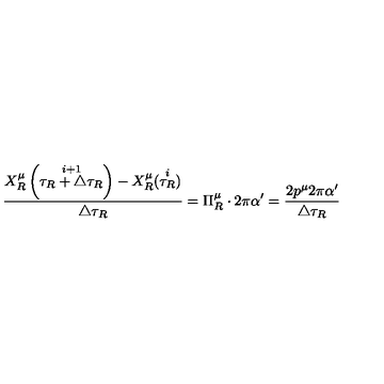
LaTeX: \frac { X _ { R } ^ { \mu } \left( \stackrel { i + 1 } { \tau _ { R } + \triangle \tau _ { R } } \right) - X _ { R } ^ { \mu } ( \stackrel { i } { \tau _ { R } } ) } { \triangle \tau _ { R } } = \Pi _ { R } ^ { \mu } \cdot 2 \pi \alpha ^ { \prime } = \frac { 2 p ^ { \mu } 2 \pi \alpha ^ { \prime } } { \triangle \tau _ { R } }